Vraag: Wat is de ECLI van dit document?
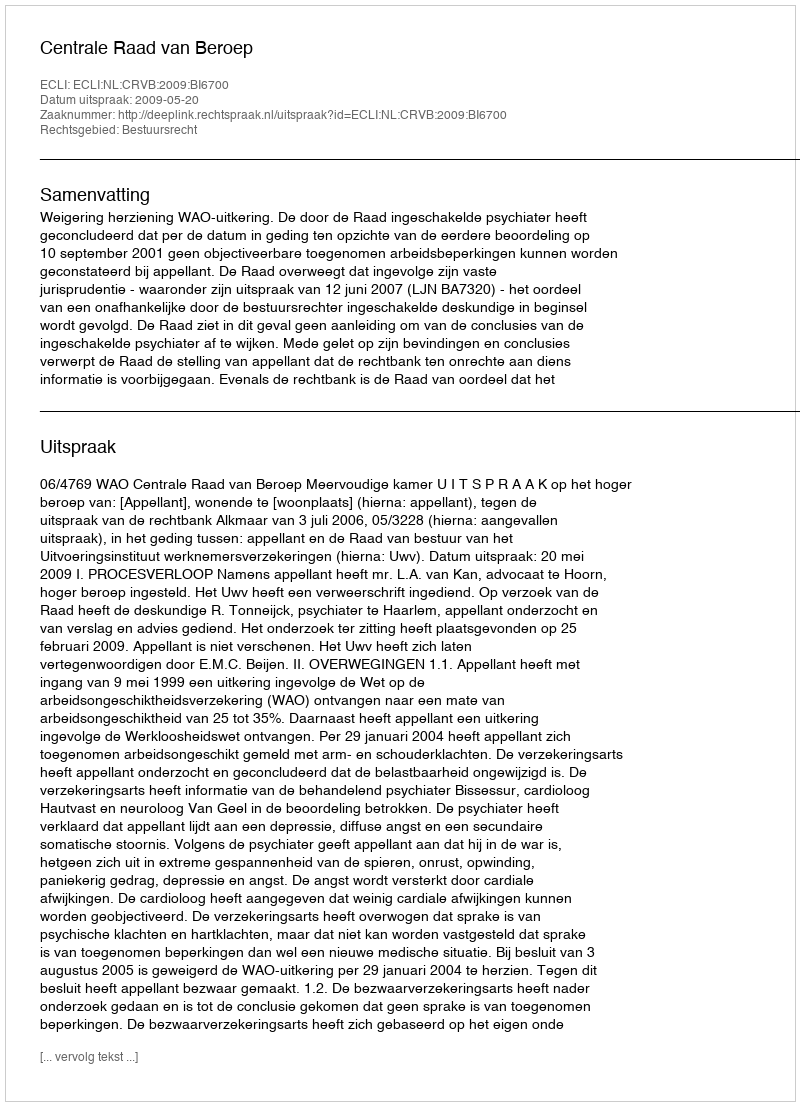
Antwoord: ECLI:NL:CRVB:2009:BI6700